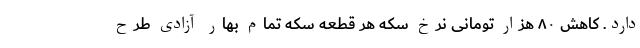
دارد. کاهش ۸۰ هزار تومانی نرخ سکه هر قطعه سکه تمام بهار آزادی طرح